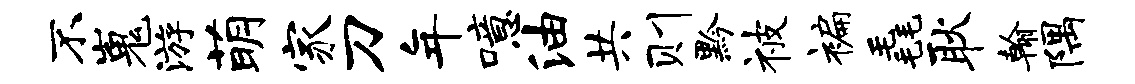
不嵬游萌家刀年噫油共则黔被褊毳耿翰隅